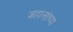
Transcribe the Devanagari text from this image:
जहालांच्या